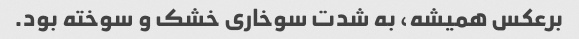
برعکس همیشه، به شدت سوخاری خشک و سوخته بود.